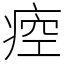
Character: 㾤